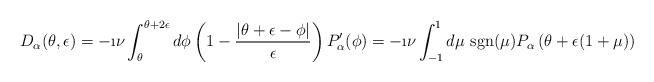
LaTeX: \begin{align*}D_{\alpha}(\theta,\epsilon) = -\i\nu \int_{\theta}^{\theta+2\epsilon} d \phi\left(1- \frac{\left|\theta + \epsilon - \phi \right|}{\epsilon}\right) P'_{\alpha}(\phi) = -\i\nu \int_{-1}^{1}d \mu \mbox{ sgn}(\mu) P_{\alpha} \left(\theta + \epsilon (1+ \mu) \right) \end{align*}